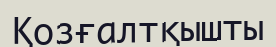
Қозғалтқышты